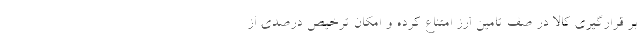
بر قرارگیری کالا در صف تامین ارز امتناع کرده و امکان ترخیص درصدی از